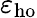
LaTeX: \varepsilon_{\mathrm{ho}}